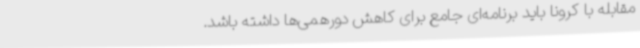
مقابله با کرونا باید برنامه‌ای جامع برای کاهش دورهمی‌ها داشته باشد.